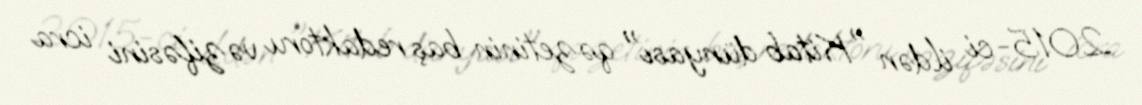
2015-ci ildən "Kitab dünyası" qəzetinin baş redaktoru vəzifəsini icra